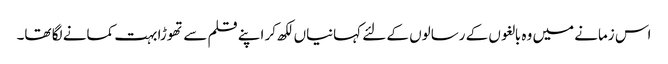
اس زمانے میں وہ بالغوں کے رسالوں کے لئے کہانیاں لکھ کر اپنے قلم سے تھوڑا بہت کمانے لگا تھا۔